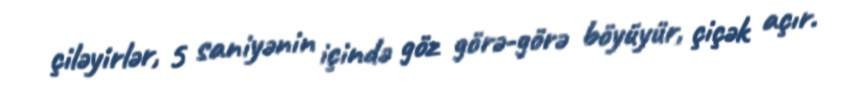
çiləyirlər, 5 saniyənin içində göz görə-görə böyüyür, çiçək açır.